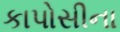
કાપોસીના